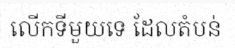
លើកទីមួយទេ ដែលតំបន់